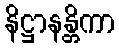
နိဋ္ဌာနန္တိကာ